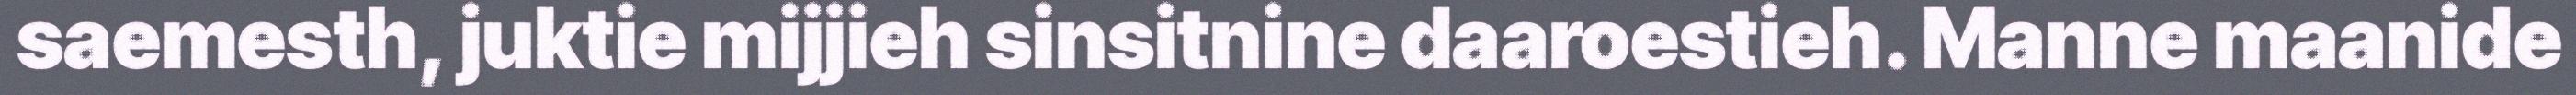
saemesth, juktie mijjieh sinsitnine daaroestieh. Manne maanide